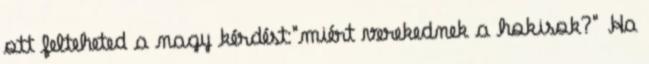
ott felteheted a nagy kérdést:"miért verekednek a hokisok?" Ha